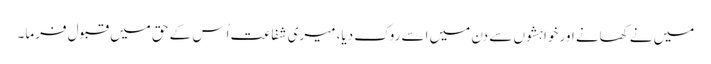
میں نے کھانے اور خواہشوں سے دن میں اسے روک دیا، میری شفاعت اُس کے حق میں قبول فرما۔